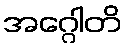
အဂ္ဂေါတိ